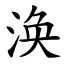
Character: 涣